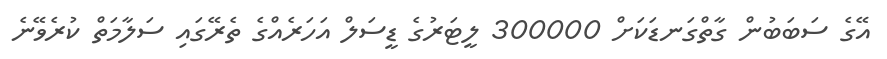
އޭގެ ސަބަބުން ގާތްގަނޑަކަށް 300000 ލީޓަރުގެ ޑީސަލް އަހަރެއްގެ ތެރޭގައި ސަލާމަތް ކުރެވޭނެ